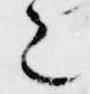
之